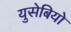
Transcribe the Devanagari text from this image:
युसेबियो